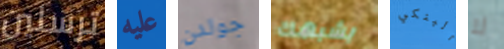
ترسلين عليه جولدن يشبهك البنكي لا